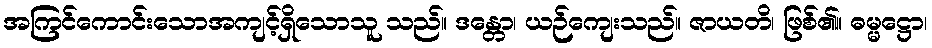
အကြင်ကောင်းသောအကျင့်ရှိသောသူ သည်။ ဒန္တော၊ ယဉ်ကျေးသည်။ ဇာယတိ၊ ဖြစ်၏။ ဓမ္မဋ္ဌော၊